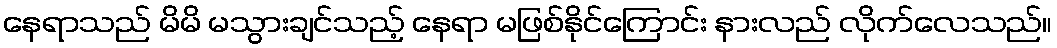
နေရာသည် မိမိ မသွားချင်သည့် နေရာ မဖြစ်နိုင်ကြောင်း နားလည် လိုက်လေသည်။